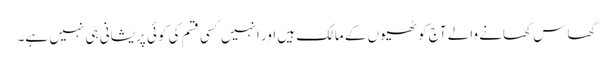
گھاس کھانے والے آج کوٹھیوں کے مالک ہیں اور انہیں کسی قسم کی کوئی پریشانی ہی نہیں ہے۔